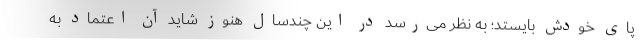
پای خودش بایستد؛ به نظر می‌رسد در این چندسال هنوز شاید آن اعتماد به